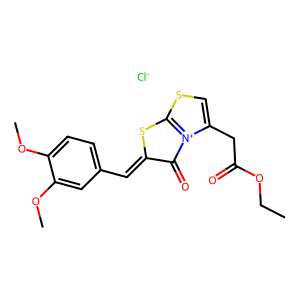
SMILES: CCOC(=O)Cc1csc2[n+]1C(=O)C(=Cc1ccc(OC)c(OC)c1)S2.[Cl-]
Inhibits HIV replication: No